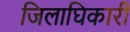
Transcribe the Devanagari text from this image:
जिलाघिकारी